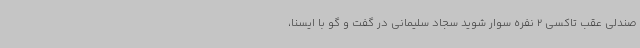
صندلی عقب تاکسی 2 نفره سوار شوید سجاد سلیمانی در گفت و گو با ایسنا،